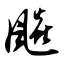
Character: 飚